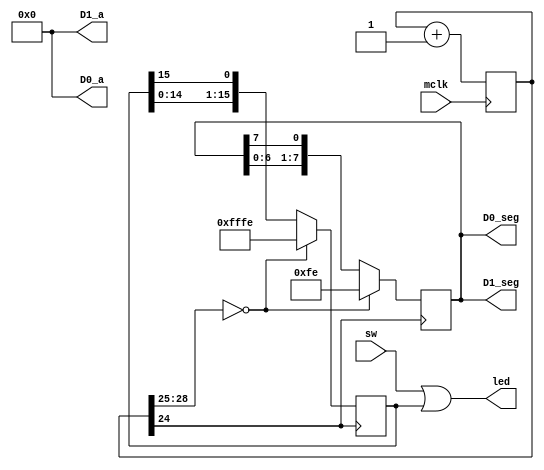
`timescale 1ns / 1ps

    module project1_demo(
        input mclk,
        input [15:0] sw,
        output [15:0] led,
        output [7:0] D0_seg, D1_seg,
        output [3:0] D0_a, D1_a
    );

    reg [28:0] cnt29 = 29'd0;
    reg [15:0] led_reg;
    reg [7:0] seg_reg;

    always @(posedge mclk) cnt29 <= cnt29 + 1;

    always @(posedge cnt29[24])
    begin
        if (cnt29[28:25] == 4'b0) begin
            led_reg <= 16'hFFFE;
            seg_reg <= 8'hFE;
        end
        else begin
            seg_reg <= {seg_reg[6:0], seg_reg[7]};
            led_reg <= {led_reg[14:0], led_reg[15]};
        end
    end

    assign led = sw | led_reg;
    assign D0_a = 4'h0;
    assign D1_a = 4'h0;
    assign D0_seg = seg_reg;
    assign D1_seg = seg_reg;

    endmodule